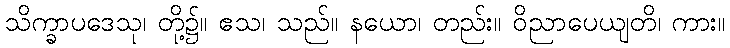
သိက္ခာပဒေသု၊ တို့၌။ ဧသ၊ သည်။ နယော၊ တည်း။ ဝိညာပေယျတိ၊ ကား။